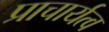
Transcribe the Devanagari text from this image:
प्राचार्यत्व